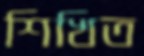
শিখিত